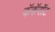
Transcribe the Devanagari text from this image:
कॅकॅरॉट